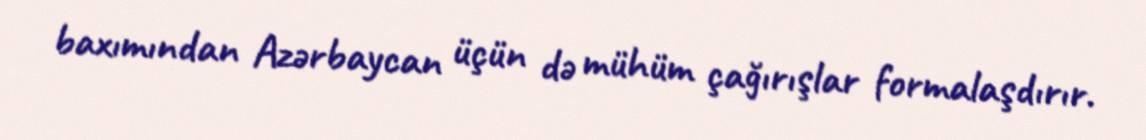
baxımından Azərbaycan üçün də mühüm çağırışlar formalaşdırır.